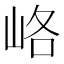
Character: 峈